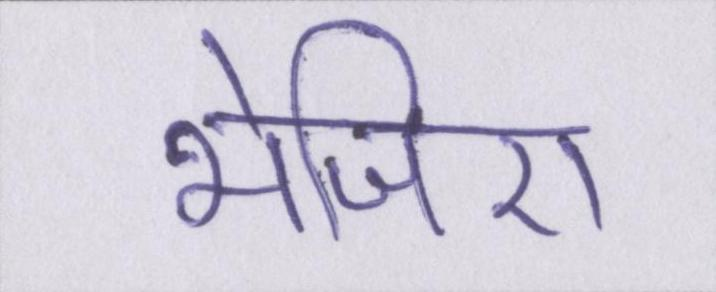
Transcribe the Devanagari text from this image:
भेजिए